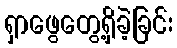
ရှာဖွေတွေ့ရှိခဲ့ခြင်း